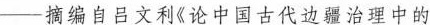
——摘编自吕文利《论中国古代边疆治理中